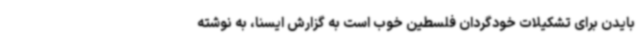
بایدن برای تشکیلات خودگردان فلسطین خوب است به گزارش ایسنا، به نوشته